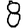
Digit: 8